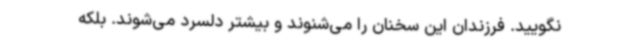
نگویید. فرزندان این سخنان را می‌شنوند و بیشتر دلسرد می‌شوند. بلکه